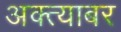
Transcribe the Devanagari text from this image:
अक्त्याबर